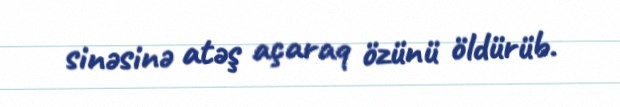
sinəsinə atəş açaraq özünü öldürüb.